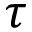
\tau